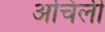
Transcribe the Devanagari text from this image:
अचिली